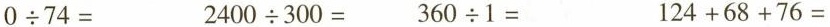
$$0 \div 7 4=$$ $$2 4 0 0 \div 3 0 0 =$$ $$3 6 0 \div 1 =$$ $$1 2 4 + 6 8 + 7 6 =$$